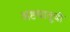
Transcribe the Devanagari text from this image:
अष्टधातूची